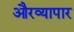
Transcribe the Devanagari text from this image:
औरव्यापार